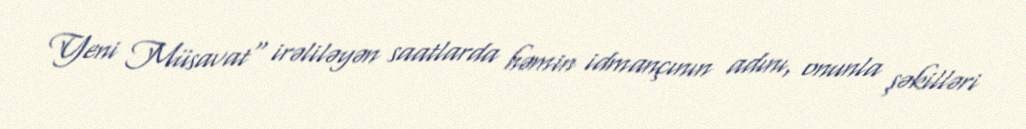
Yeni Müsavat" irəliləyən saatlarda həmin idmançının adını, onunla şəkilləri